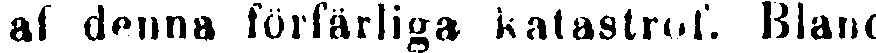
af denna förfärliga katastrof. Bland